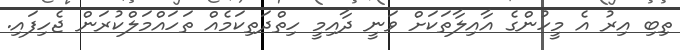
ތިބި އިރު އެ މީހުންގެ އާއިލާތަކަށް ވަނީ ދާއިމީ ހިތްދަތިކަމެއް ތަހައްމަލްކުރަން ޖެހިފައި.